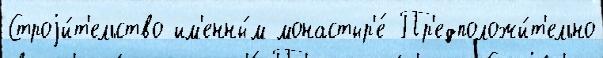
Строjи́т'ельство им'енны́м монастыр'е́ Пр'едположи́т'ельно